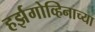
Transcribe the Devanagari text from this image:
हर्झगोव्हिनाच्या